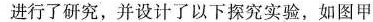
进行了研究，并设计了以下探究实验，如图甲